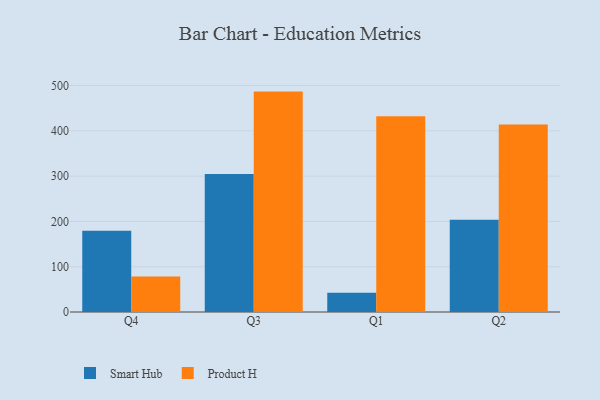
{"axis": {"x": "Quarter", "y": "Tickets Resolved"}, "legend": ["Product H", "Smart Hub"], "data": [{"x": "Q4", "y": 179.6, "type": "Smart Hub"}, {"x": "Q4", "y": 78.3, "type": "Product H"}, {"x": "Q3", "y": 304.9, "type": "Smart Hub"}, {"x": "Q3", "y": 486.6, "type": "Product H"}, {"x": "Q1", "y": 42.5, "type": "Smart Hub"}, {"x": "Q1", "y": 432.0, "type": "Product H"}, {"x": "Q2", "y": 203.4, "type": "Smart Hub"}, {"x": "Q2", "y": 413.7, "type": "Product H"}]}